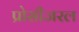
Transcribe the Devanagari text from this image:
प्रोसीजरल